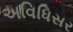
અવિધિસર